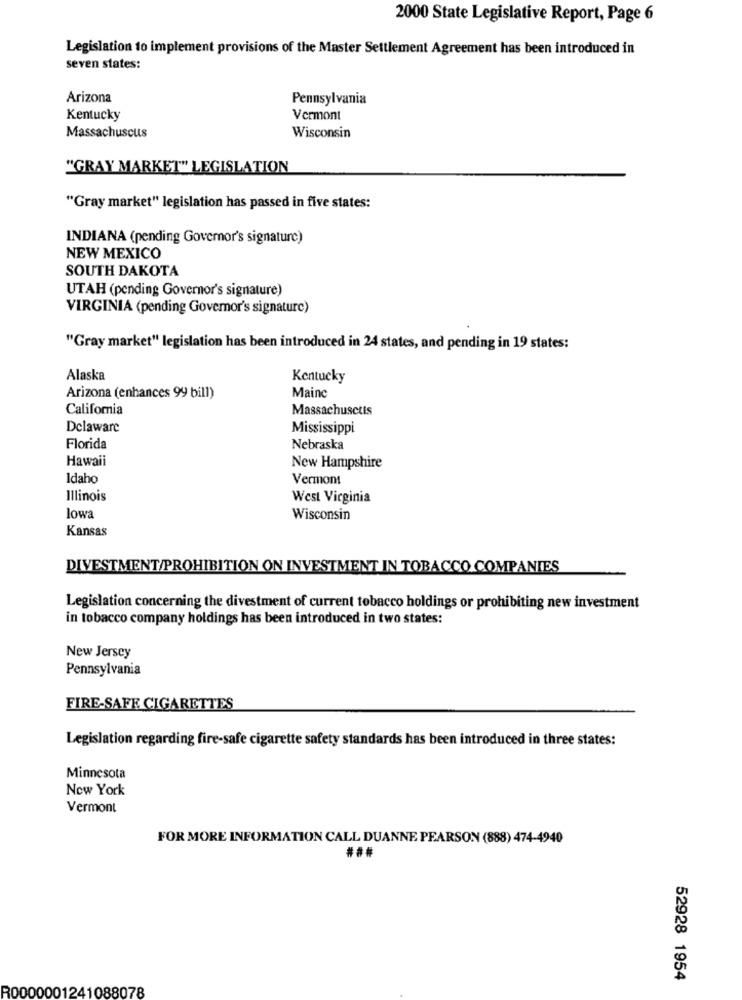
2000 State Legislative Report, Page 6
Legislation to implement provisions of the Master Settlement Agreement has been introduced in
seven states:
Arizona
Pennsylvania
Kentucky
Vermont
Massachuscus
Wisconsin
"GRAY MARKET" LEGISLATION
"Gray market" legislation has passed in five states:
INDIANA (pending Governor's signature)
NEW MEXICO
SOUTH DAKOTA
UTAH (pending Governor's signature)
VIRGINIA (pending Governor's signature)
"Gray market" legislation has been introduced in 24 states, and pending in 19 states:
Alaska
Kentucky
Maine
Arizona (enhances 99 bill)
California
Massachusetts
Delaware
Mississippi
Florida
Nebraska
Hawaii
New Hampshire
Idaho
Vermont
Illinois
West Virginia
lowa
Wisconsin
Kansas
DIVESTMENT/PROHIBITION ON INVESTMENT IN TOBACCO COMPANIES
Legislation concerning the divestment of current tobacco holdings or prohibiting new investment
in tobacco company holdings has been introduced in two states:
New Jersey
Pennsylvania
FIRE-SAFE CIGARETTES
Legislation regarding fire-safe cigarette safety standards has been introduced in three states:
Minnesota
New York
Vermont
FOR MORE INFORMATION CALL DUANNE PEARSON (888) 474-4940
###
52928 1954
R0000001241088078